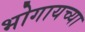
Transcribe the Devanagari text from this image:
भोगायच्या